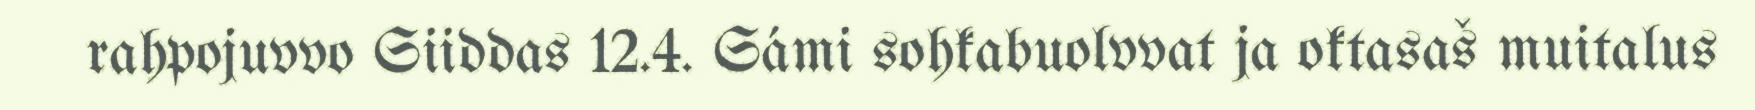
rahpojuvvo Siiddas 12.4. Sámi sohkabuolvvat ja oktasaš muitalus